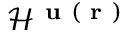
{ \mathcal { H } } ^ { \textbf { u } ( \textbf { r } ) }